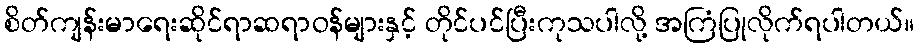
စိတ်ကျန်းမာရေးဆိုင်ရာဆရာဝန်များနှင့် တိုင်ပင်ပြီးကုသပါလို့ အကြံပြုလိုက်ရပါတယ်။